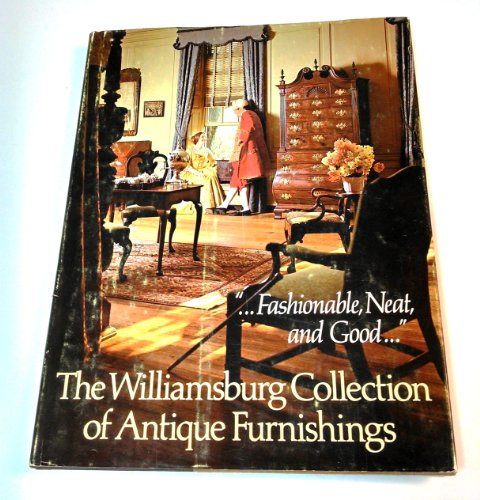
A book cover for The Williamsburg collection of antique furnishings; Colonial Williamsburg Foundation; Travel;